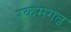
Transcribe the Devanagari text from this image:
रकमगढ